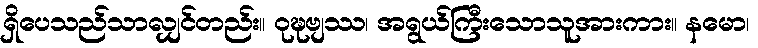
ရှိပေသည်သာလျှင်တည်း။ ဝုဍ္ဎဗျဿ၊ အရွယ်ကြီးသောသူအားကား။ နမော၊